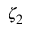
\zeta _ { 2 }